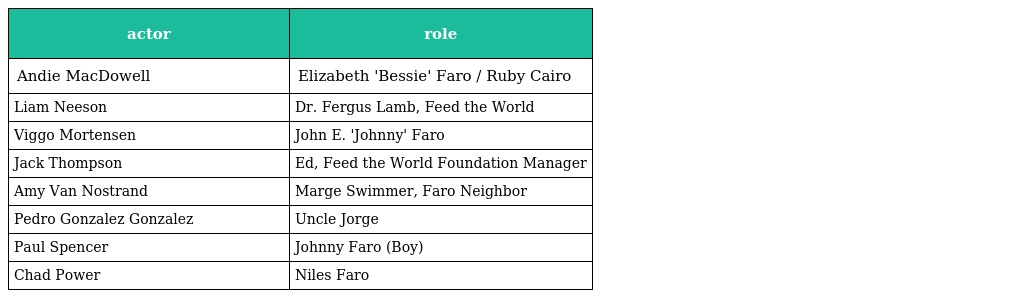
| actor | role |
 | --- | --- |
 | Andie MacDowell | Elizabeth 'Bessie' Faro / Ruby Cairo |
 | Liam Neeson | Dr. Fergus Lamb, Feed the World |
 | Viggo Mortensen | John E. 'Johnny' Faro |
 | Jack Thompson | Ed, Feed the World Foundation Manager |
 | Amy Van Nostrand | Marge Swimmer, Faro Neighbor |
 | Pedro Gonzalez Gonzalez | Uncle Jorge |
 | Paul Spencer | Johnny Faro (Boy) |
 | Chad Power | Niles Faro |